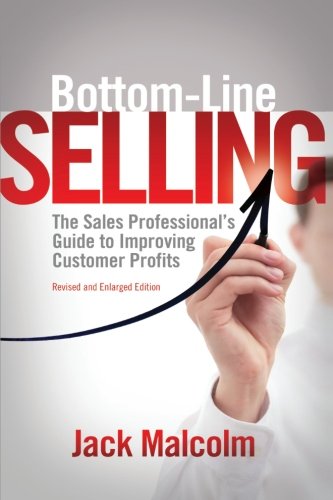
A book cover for Bottom Line Selling: The Sales Professional's Guide to Improving Customer Profits; Jack Malcolm; Business & Money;